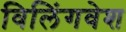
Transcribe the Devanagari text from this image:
विलिंगवेश